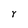
Character: Y